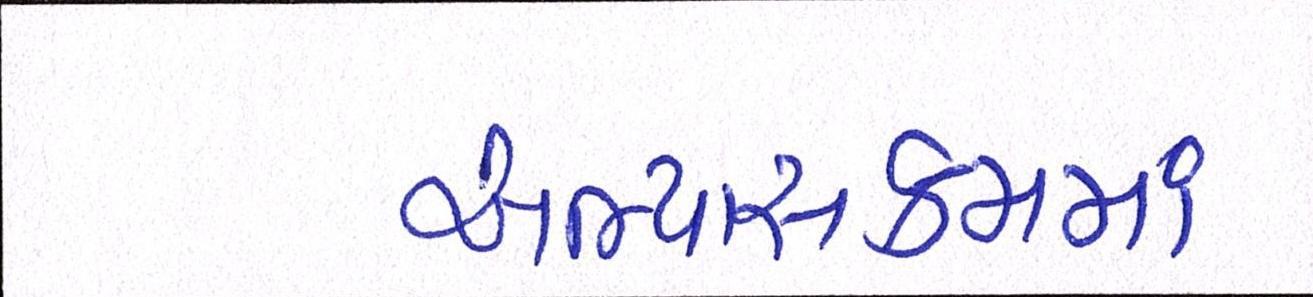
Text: અભ્યાસક્રમમાં